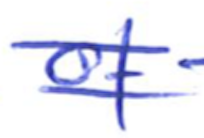
Text: of
Cross-out: double-line
Writing tool: ballpoint